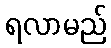
ရလာမည်